Annual statistical returns and brief notes on vaccination in Bengal - 1887-1898
Year: 1887
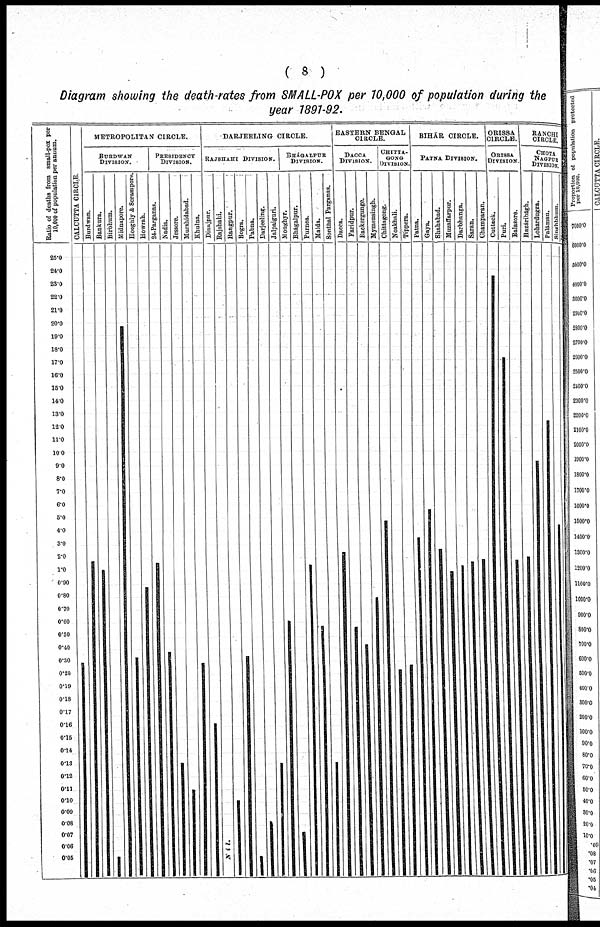
( 8 )
Diagram showing the death-rates from SMALL-POX per 10,000 of population during the
year 1891-92.